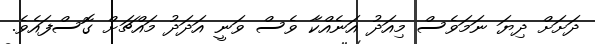
ދަށަށް ދިޔަ ނަމަވެސް މިއަދު އަނެއްކާ ވެސް ވަނީ އަދަދު މައްޗަށް ގޮސްފައެވެ.